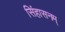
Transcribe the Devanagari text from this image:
सिंहासनम्